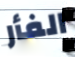
الفأر